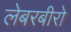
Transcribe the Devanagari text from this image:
लेबरबीरो